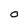
Character: O